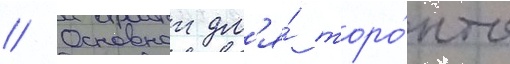
// Основнои дл'я́ торо́нто